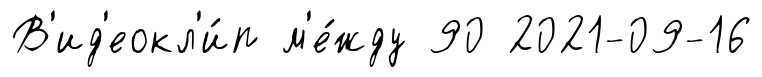
В'ид'еокл'и́п м'е́жду 90 2021-09-16